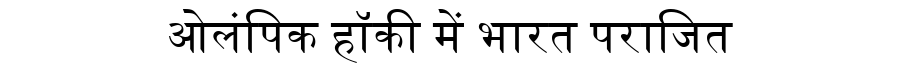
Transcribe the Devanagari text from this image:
ओलंपिक हॉकी में भारत पराजित